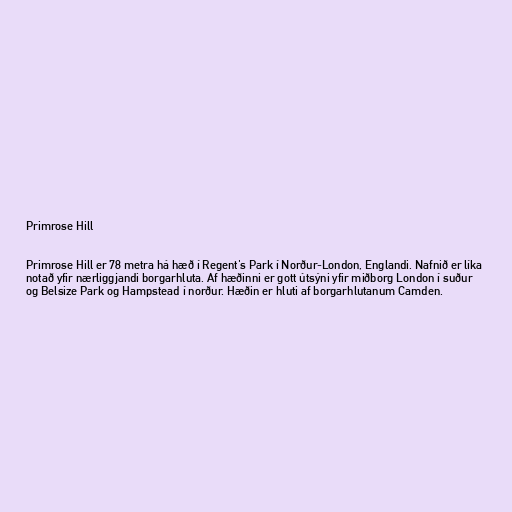
Primrose Hill

Primrose Hill er 78 metra há hæð í Regent's Park í Norður-London, Englandi. Nafnið er líka
notað yfir nærliggjandi borgarhluta. Af hæðinni er gott útsýni yfir miðborg London í suður
og Belsize Park og Hampstead í norður. Hæðin er hluti af borgarhlutanum Camden.